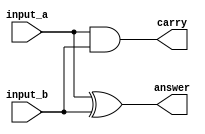
module add(input_a,input_b,answer,carry);
	input input_a;
	input input_b;
	output answer,carry;
	assign answer=input_a^input_b;
	assign carry=input_a&input_b;
endmodule
module HELLO_TEST;
	reg iclk=0;
	reg a=0,b=0;
	wire c,d;
	always begin #1; iclk=!iclk; a=iclk; end
	always begin #3; b=!b; end
	add temp_add(.input_a(a),.input_b(b),.answer(c),.carry(d));
	initial
	begin
		$dumpfile("main.vcd");
		$dumpvars(0,temp_add);
		#100;
		$finish;
	end
endmodule